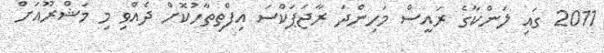
2011 ގައި ލަންކާގެ ރައީސް މަހިންދަ ރާޖަޕަކްސަ އިފްތިތާހުކޮށް ދެއްވި މި މަޝްރޫއަށް